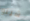
شينو